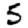
Digit: 5